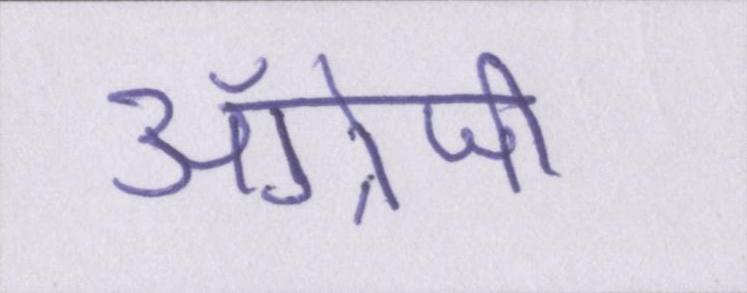
अँग्रेजी